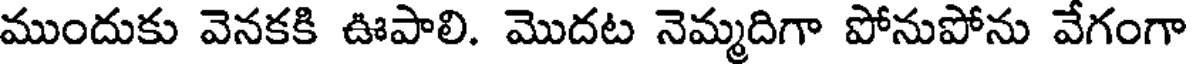
ముందుకు వెనకకి ఊపాలి. మొదట నెమ్మదిగా పోనుపోను వేగంగా